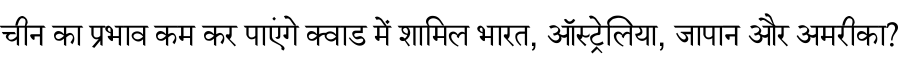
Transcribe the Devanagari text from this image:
चीन का प्रभाव कम कर पाएंगे क्वाड में शामिल भारत, ऑस्ट्रेलिया, जापान और अमरीका?